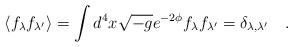
\begin{align*}\langle f_{\lambda} f_{\lambda'} \rangle = \int d^4x \sqrt{-g}e^{-2\phi}f_{\lambda} f_{\lambda'} =\delta_{\lambda,\lambda'} \quad .\end{align*}